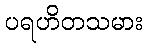
ပရဟိတသမား